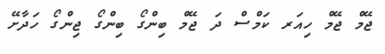
ޖޭމް ޖޭމް ހިއަރ ކަމްސް ދަ ޖޭމް ބިންގޯ ބިންގޯ ޖިންގޯ ހަދާށޭ